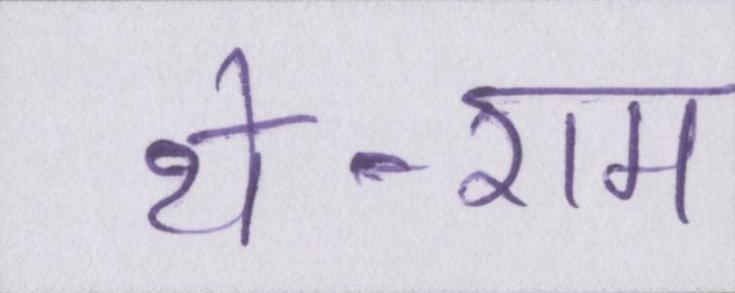
थे-राम